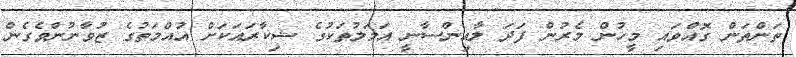
ތަންތަން ގޮއްވައި މީހުން މެރުން ފަދަ ލާއިންސާނީ އަމަލުތަކުގެ ޝިކާރައަކަށް އުއްމަތުގެ ޒުވާނުންވެގެން